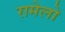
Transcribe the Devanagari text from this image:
रामेलो